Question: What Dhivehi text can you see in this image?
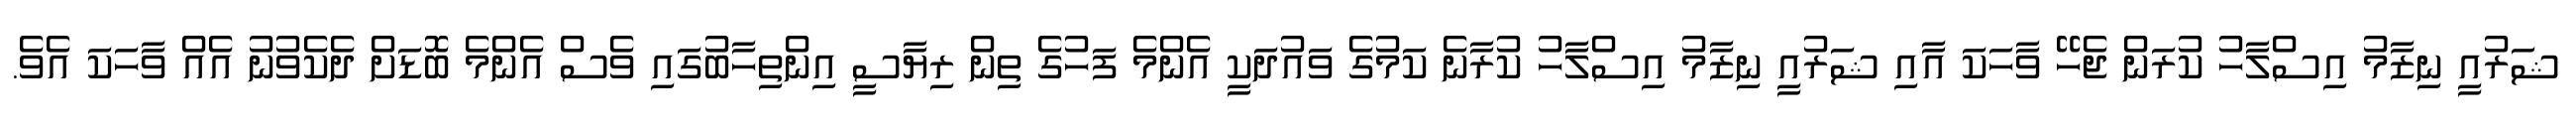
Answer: ޝަރުއީ ނިޒާމު އިސްލާހު ކުރަން ޖެހޭ ވާހަކަ އާއި ޝަރުއީ ނިޒާމު އިސްލާހު ކުރާނެ ކަމުގެ ވައުދަކީ އެންމެ ފަހުގެ ތިން ރިޔާސީ އިންތިހާބުގައި ވެސް އެންމެ ބޮޑަށް ދެކެވުނު އެއް ވާހަކަ އެވެ.